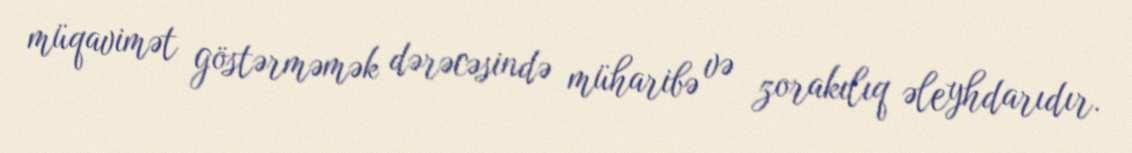
müqavimət göstərməmək dərəcəsində müharibə və zorakılıq əleyhdarıdır.